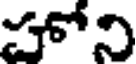
హోని